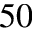
5 0